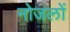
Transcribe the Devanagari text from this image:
नोजलों